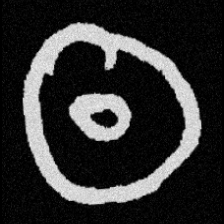
Pyu character \u2014 Myanmar letter: ထ (romanized: tha)